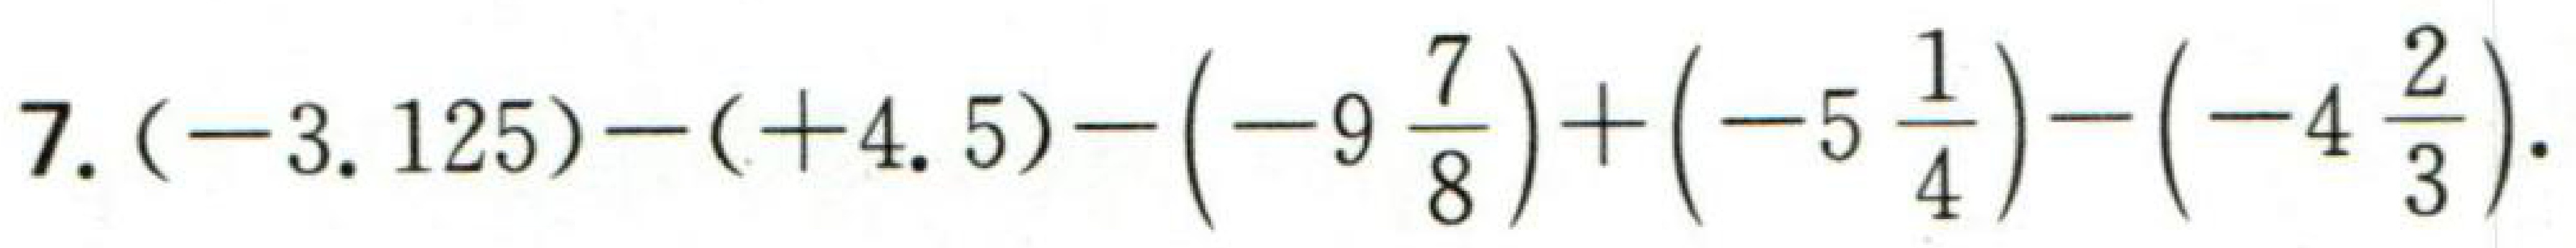
7. $(-3.125)-(+4.5)-\left(-9\frac{7}{8}\right)+\left(-5\frac{1}{4}\right)-\left(-4\frac{2}{3}\right).$